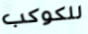
للكوكب